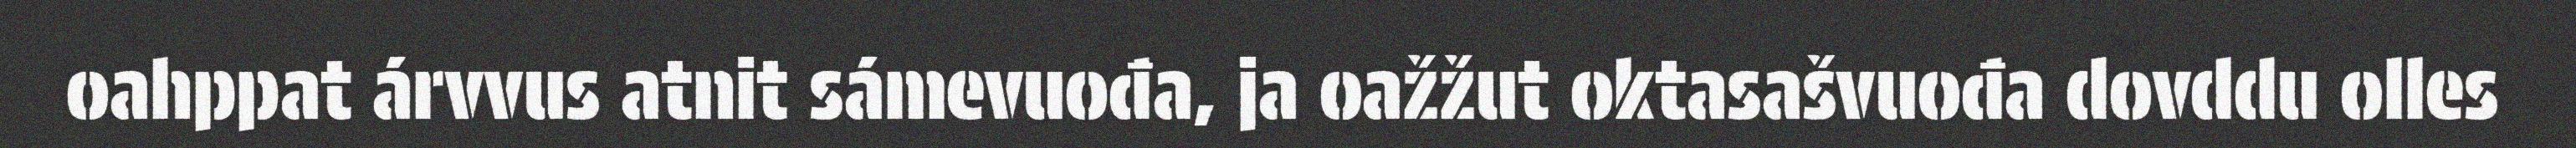
oahppat árvvus atnit sámevuođa, ja oažžut oktasašvuođa dovddu olles